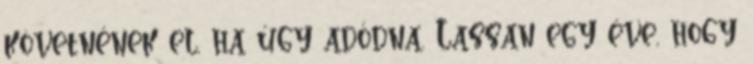
követnének el, ha úgy adódna. Lassan egy éve, hogy